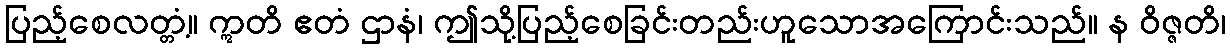
ပြည့်စေလတ္တံ့။ ဣတိ ဧတံ ဌာနံ၊ ဤသို့ပြည့်စေခြင်းတည်းဟူသောအကြောင်းသည်။ န ဝိဇ္ဇတိ၊